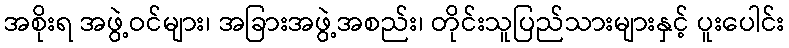
အစိုးရ အဖွဲ့ဝင်များ၊ အခြားအဖွဲ့အစည်း၊ တိုင်းသူပြည်သားများနှင့် ပူးပေါင်း